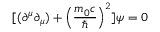
[ ( \partial ^ { \mu } \partial _ { \mu } ) + \left( { \frac { m _ { 0 } c } { \hbar } } \right) ^ { 2 } ] \psi = 0